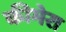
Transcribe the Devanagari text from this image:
कीमेरा